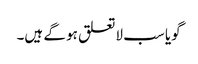
گویا سب لاتعلق ہو گے ہیں۔